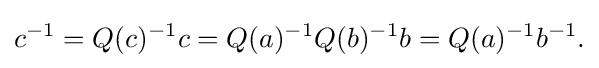
\displaystyle {c^{-1}=Q(c)^{-1}c=Q(a)^{-1}Q(b)^{-1}b=Q(a)^{-1}b^{-1}.}